Indian journal of veterinary science and animal husbandry - Volumes 22-23, 1952-1953
Year: 1952
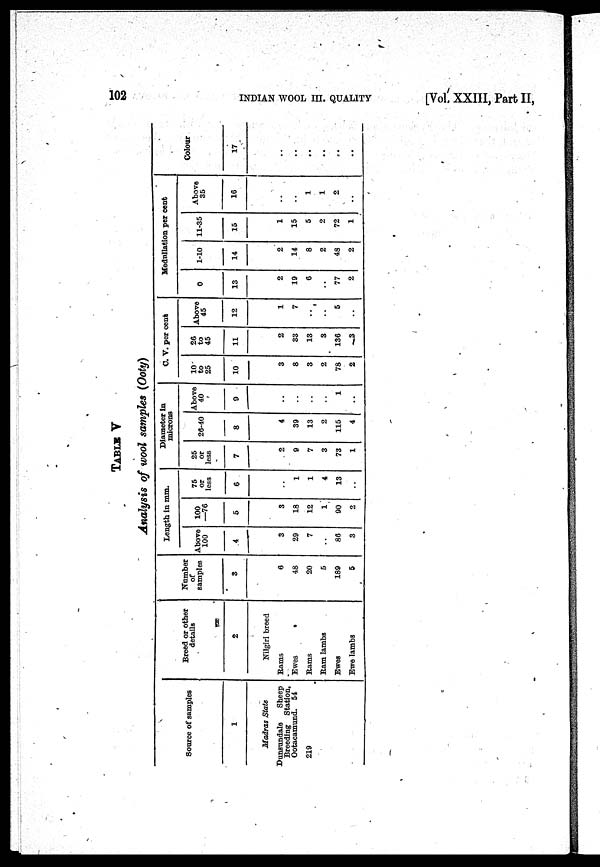
102
INDIAN WOOL III. QUALITY
[Vol.
XXIII, Part II,
TABLE V
Analysis of wool samples (Ooty)
Source of samples
1
Madras State
Dunstmdale
Sheep
Breeding Station,
Ootacamund. 54
219
Breed or other
details
2
Nilgiri breed
Hams
Ewes
Hams
Ram lambs
Ewes
Ewe lambs
Number
or
samples
3
6
48
20
5
189
5
Length in mm.
Above
100
4
3
29
7
..
86
3
100
—76
5
3
18
12
1
90
2
75
or
less
6
..
1
1
4
13
..
Diameter in
microns
25
or
less
7
2
9
7
3
73
1
28-40
8
4
39
13
2
115
4
Above
40
9
..
..
..
..
1
..
C.
10
to
25
10
3
8
3
2
78
2
V. per cent
26
to
45
11
2
33
13
3
136
3
Above
45
12
1
7
..
..
5
..
Medullation per cent
0
13
2
19
6
..
77
2
1-10
14
2
14
8
2
48
2
11-35
15
1
15
5
2
72
1
Above
35
16
..
..
1
1
2
..
Colour
17
..
..
..
..
..
..